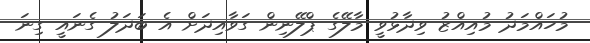
މުހައްމަދު މުއިއްޒު ވިދާޅުވީ މާލޭގެ ޕްލޭނިން ގަވާއިދަށް އެ ބަދަލު ގެނައީ ގިނަ